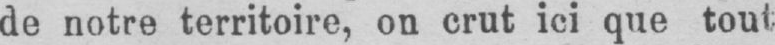
de notre territoire, on crut ici que tout